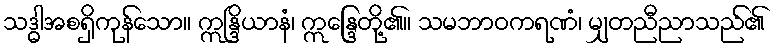
သဒ္ဓါအစရှိကုန်သော။ ဣန္ဒြိယာနံ၊ ဣန္ဒြေတို့၏။ သမဘာဝကရဏံ၊ မျှတညီညာသည်၏